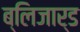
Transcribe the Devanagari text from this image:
ब्लिजार्ड